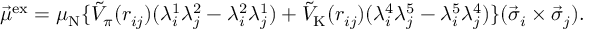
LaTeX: \vec { \mu } ^ { \mathrm { e x } } = \mu _ { \mathrm { N } } \{ \tilde { V } _ { \pi } ( r _ { i j } ) ( \lambda _ { i } ^ { 1 } \lambda _ { j } ^ { 2 } - \lambda _ { i } ^ { 2 } \lambda _ { j } ^ { 1 } ) + \tilde { V } _ { \mathrm { K } } ( r _ { i j } ) ( \lambda _ { i } ^ { 4 } \lambda _ { j } ^ { 5 } - \lambda _ { i } ^ { 5 } \lambda _ { j } ^ { 4 } ) \} ( \vec { \sigma } _ { i } \times \vec { \sigma } _ { j } ) .